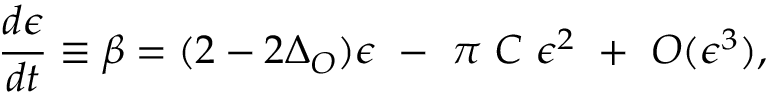
{ \frac { d \epsilon } { d t } } \equiv \beta = ( 2 - 2 \Delta _ { O } ) \epsilon ~ - ~ \pi ~ C ~ \epsilon ^ { 2 } ~ + ~ { \cal O } ( \epsilon ^ { 3 } ) ,